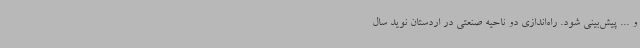
و ... پیش‌بینی شود. راه‌اندازی دو ناحیه صنعتی در اردستان نوید سال